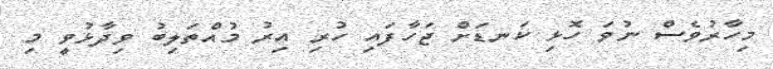
މިހާރުވެސް ނުވަ ހޮޅި ކަނޑަށް ޖަހާފައި ހުރި އިރު މުއްތަލިބު ވިދާޅުވީ މި